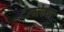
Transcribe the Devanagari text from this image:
टेल्मेकस